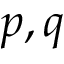
p , q